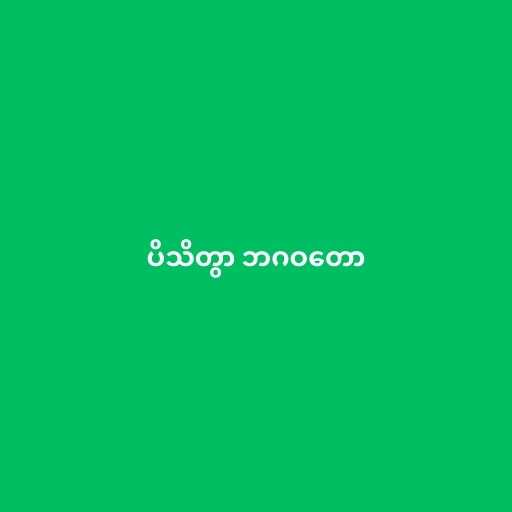
ပိသိတွာ ဘဂဝတော